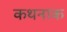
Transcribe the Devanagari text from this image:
कथनाक